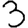
Digit: 3